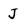
Character: J